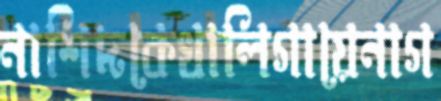
নাশিদকেখালিগায়েনাগ